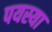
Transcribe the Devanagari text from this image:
पयस्या